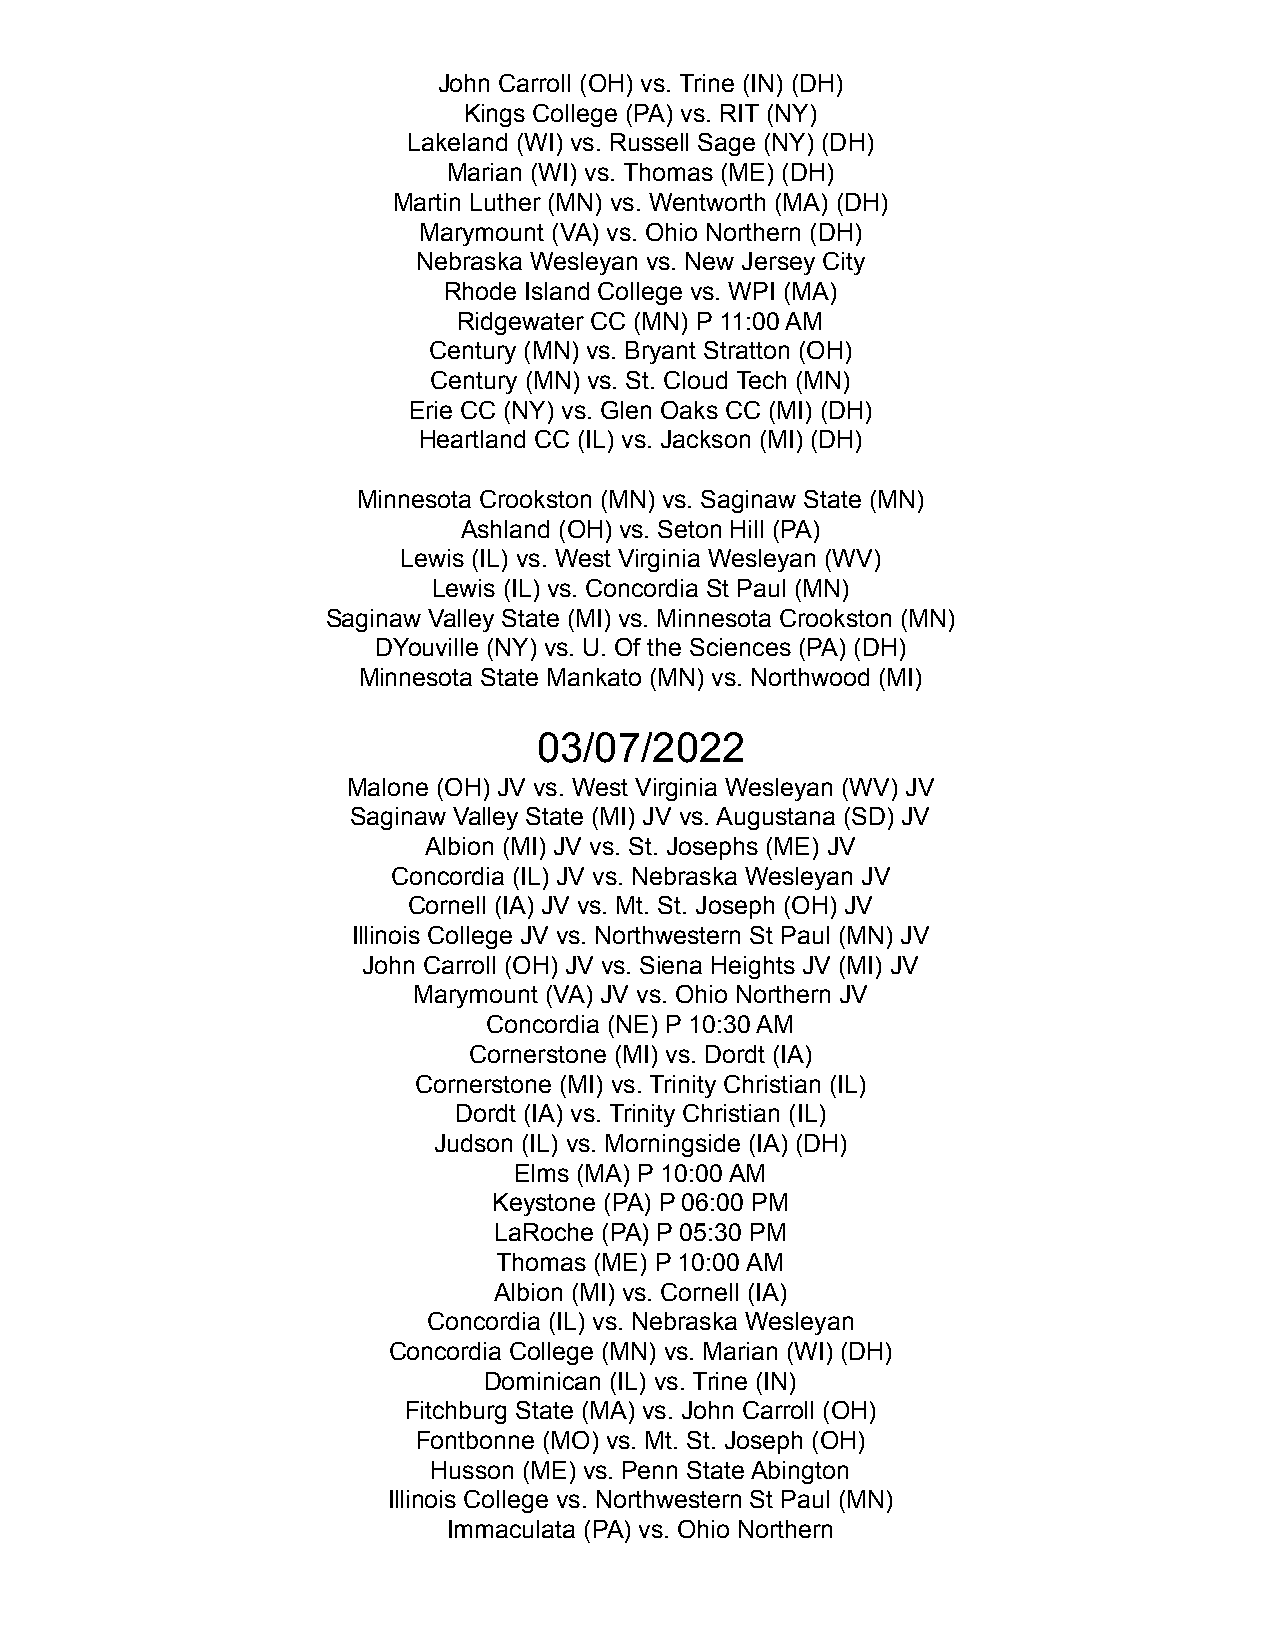
John Carroll (OH) vs. Trine (IN) (DH)
 Kings College (PA) vs. RIT (NY)
 Lakeland (WI) vs. Russell Sage (NY) (DH)
 Marian (WI) vs. Thomas (ME) (DH)
 Martin Luther (MN) vs. Wentworth (MA) (DH)
 Marymount (VA) vs. Ohio Northern (DH)
 Nebraska Wesleyan vs. New Jersey City
 Rhode Island College vs. WPI (MA)
 Ridgewater CC (MN) P 11:00 AM
 Century (MN) vs. Bryant Stratton (OH)
 Century (MN) vs. St. Cloud Tech (MN)
 Erie CC (NY) vs. Glen Oaks CC (MI) (DH)
 Heartland CC (IL) vs. Jackson (MI) (DH)
 Minnesota Crookston (MN) vs. Saginaw State (MN)
 Ashland (OH) vs. Seton Hill (PA)
 Lewis (IL) vs. West Virginia Wesleyan (WV)
 Lewis (IL) vs. Concordia St Paul (MN)
 Saginaw Valley State (MI) vs. Minnesota Crookston (MN)
 DYouville (NY) vs. U. Of the Sciences (PA) (DH)
 Minnesota State Mankato (MN) vs. Northwood (MI)
 03/07/2022
 Malone (OH) JV vs. West Virginia Wesleyan (WV) JV
 Saginaw Valley State (MI) JV vs. Augustana (SD) JV
 Albion (MI) JV vs. St. Josephs (ME) JV
 Concordia (IL) JV vs. Nebraska Wesleyan JV
 Cornell (IA) JV vs. Mt. St. Joseph (OH) JV
 Illinois College JV vs. Northwestern St Paul (MN) JV
 John Carroll (OH) JV vs. Siena Heights JV (MI) JV
 Marymount (VA) JV vs. Ohio Northern JV
 Concordia (NE) P 10:30 AM
 Cornerstone (MI) vs. Dordt (IA)
 Cornerstone (MI) vs. Trinity Christian (IL)
 Dordt (IA) vs. Trinity Christian (IL)
 Judson (IL) vs. Morningside (IA) (DH)
 Elms (MA) P 10:00 AM
 Keystone (PA) P 06:00 PM
 LaRoche (PA) P 05:30 PM
 Thomas (ME) P 10:00 AM
 Albion (MI) vs. Cornell (IA)
 Concordia (IL) vs. Nebraska Wesleyan
 Concordia College (MN) vs. Marian (WI) (DH)
 Dominican (IL) vs. Trine (IN)
 Fitchburg State (MA) vs. John Carroll (OH)
 Fontbonne (MO) vs. Mt. St. Joseph (OH)
 Husson (ME) vs. Penn State Abington
 Illinois College vs. Northwestern St Paul (MN)
 Immaculata (PA) vs. Ohio Northern